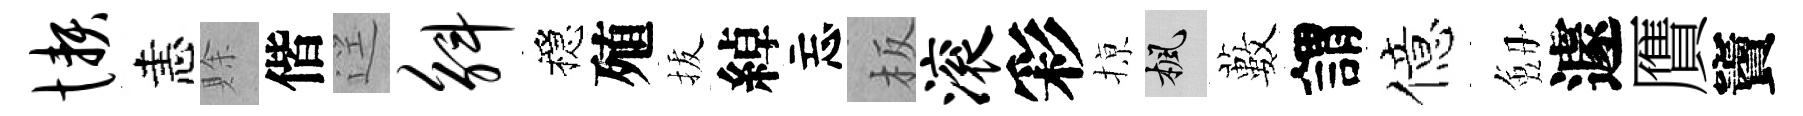
懒恚賖偕逕斛穩殖拔綽忘板滚彩𢱊楓藪謂億劔遽贋竇